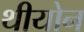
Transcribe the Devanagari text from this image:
थीयोन